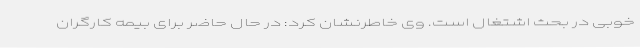
خوبی در بحث اشتغال است. وی خاطرنشان کرد: در حال حاضر برای بیمه کارگران